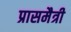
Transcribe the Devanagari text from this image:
प्रासमैत्री